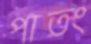
পাতং